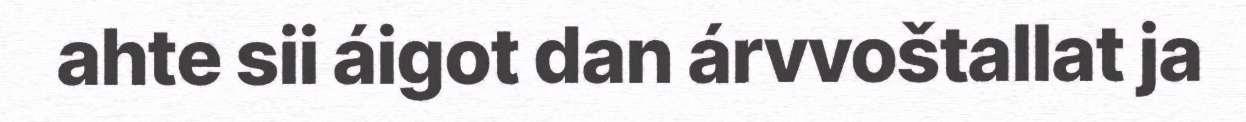
ahte sii áigot dan árvvoštallat ja